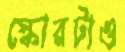
স্কোরটাও